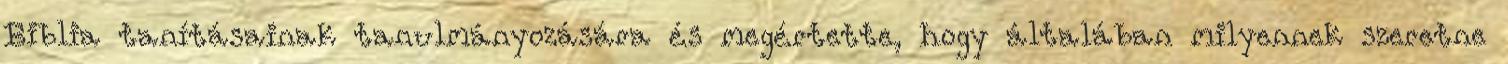
Biblia tanításainak tanulmányozására és megértette, hogy általában milyennek szeretne